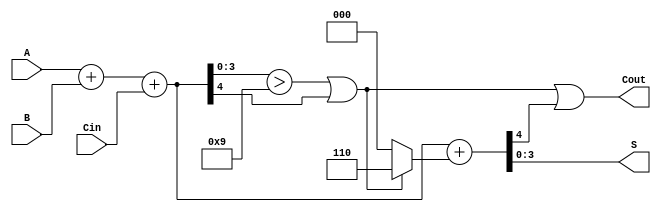
module BCD_Asynchronous_Adder (
    input  [3:0] A,     // 4-bit BCD input A
    input  [3:0] B,     // 4-bit BCD input B
    input        Cin,    // Carry-in
    output [3:0] S,     // 4-bit BCD output S
    output       Cout    // Carry-out
);

    wire [4:0] sum;            // 5-bit wire for the binary sum (A + B + Cin)
    wire correction_required;   // Flag for correction
    wire [4:0] corrected_sum;   // Wire to hold the corrected sum

    // Step 1: Perform binary addition of A, B and Cin
    assign sum = A + B + Cin;

    // Step 2: Determine if correction is needed (if sum > 9 or a carry occurs)
    assign correction_required = (sum[3:0] > 4'b1001) || sum[4];

    // Step 3: Correct the sum by adding 6 (0110) if necessary
    assign corrected_sum = sum + (correction_required ? 5'b00110 : 5'b00000);

    // Step 4: Assign final outputs
    assign S = corrected_sum[3:0];      // 4-bit sum output
    assign Cout = correction_required || corrected_sum[4]; // Carry-out

endmodule